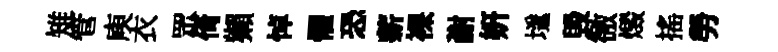
雉管庾衣眾倚獺悼懼恐薪裸謝妍𡑞毁徼燬搖勞